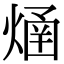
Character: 𤌐